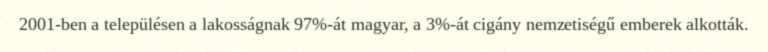
2001-ben a településen a lakosságnak 97%-át magyar, a 3%-át cigány nemzetiségű emberek alkották.